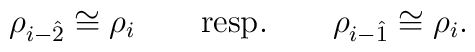
\rho_{i-\hat 2}\cong\rho_i\qquad\mbox{resp.}\qquad  \rho_{i-\hat 1}\cong\rho_i.